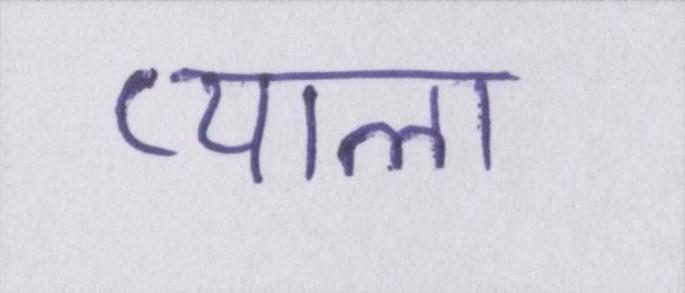
प्याला